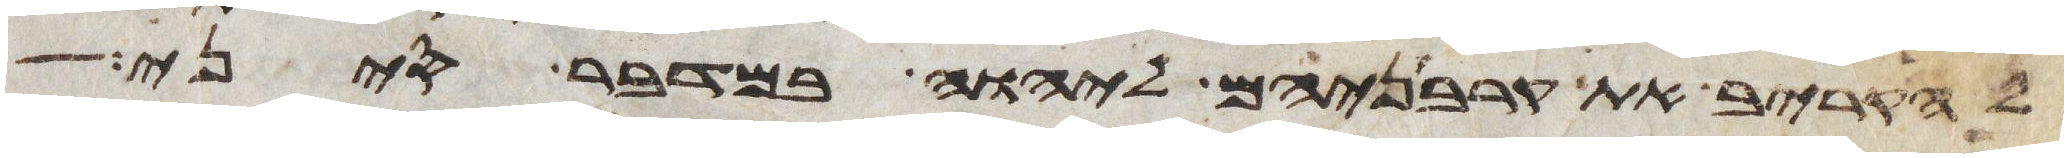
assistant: להקריב את קרבניהם ליהוה במדבר סיני